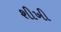
શીખી